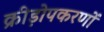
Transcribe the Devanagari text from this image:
क्रीड़ोपकरणों